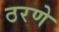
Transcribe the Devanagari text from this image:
ठरणे